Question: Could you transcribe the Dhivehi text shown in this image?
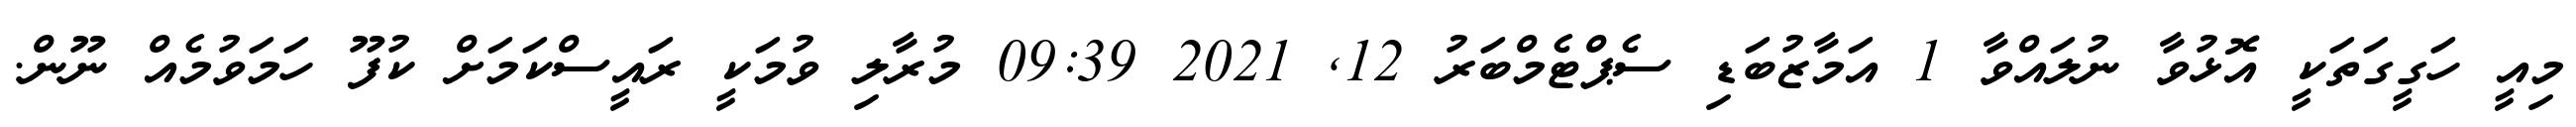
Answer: މިއީ ހަގީގަތަކީ އޮޅުވާ ނުލައްވާ 1 އަމާޒުބަޑި ސެޕްޓެމްބަރު 12, 2021 09:39 މުރާލި ވުމަކީ ރައީސްކަމަށް ކުފޫ ހަމަވުމެއް ނޫން.